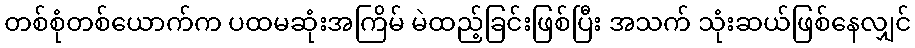
တစ်စုံတစ်ယောက်က ပထမဆုံးအကြိမ် မဲထည့်ခြင်းဖြစ်ပြီး အသက် သုံးဆယ်ဖြစ်နေလျှင်